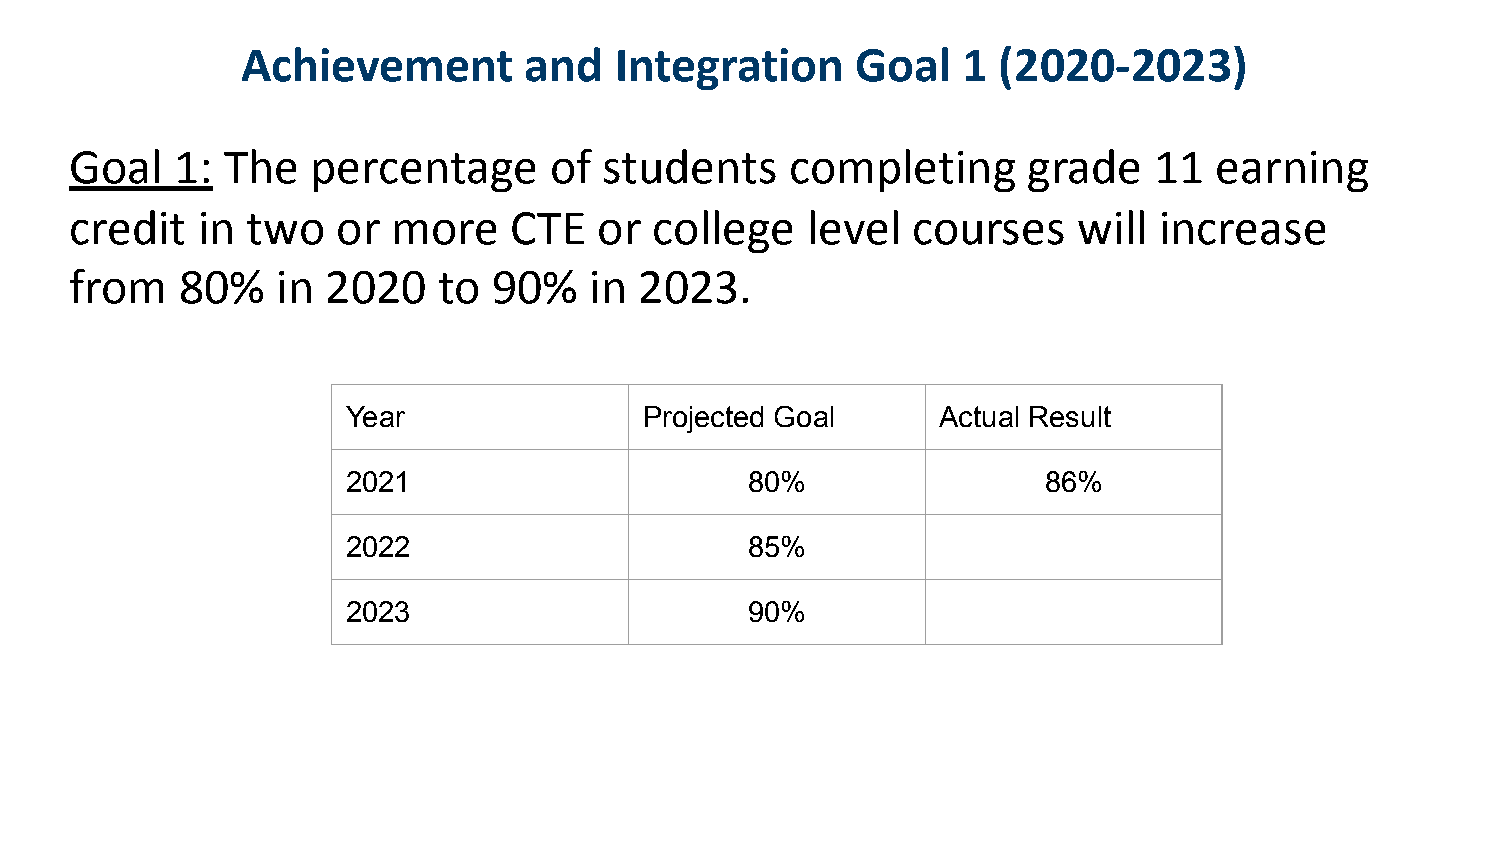
Achievement        and   Integration     Goal   1 (2020-2023)
 Goal   1: The   percentage     of  students    completing      grade   11  earning
 credit  in two   or  more    CTE   or college   level  courses    will  increase
 from   80%   in  2020   to  90%   in 2023.
 Year                Projected Goal     Actual Result
 2021                       80%                86%
 2022                       85%
 2023                       90%